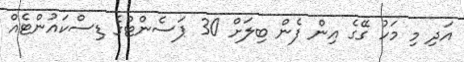
އަދި މި މަހު ގޭގެ އިން ފެން ބިލަށް 30 ޕަސެންޓްގެ ޑިސްކައުންޓެއް